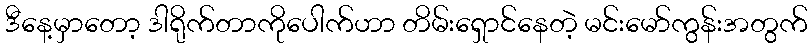
ဒီနေ့မှာတော့ ဒါရိုက်တာကိုပေါက်ဟာ တိမ်းရှောင်နေတဲ့ မင်းမော်ကွန်းအတွက်